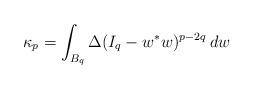
LaTeX: \begin{align*}\kappa_p=\int_{B_q}\Delta(I_q-w^*w)^{p-2q}\> dw\end{align*}